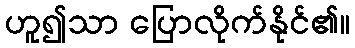
ဟူ၍သာ ပြောလိုက်နိုင်၏။